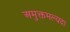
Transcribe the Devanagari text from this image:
अमुक्तमल्यदा